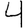
Digit: 4